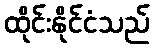
ထိုင်းနိုင်ငံသည်